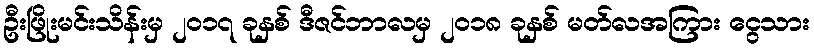
ဦးဖြိုးမင်းသိန်းမှ ၂၀၁၇ ခုနှစ် ဒီဇင်ဘာလမှ ၂၀၁၈ ခုနှစ် မတ်လအကြား ငွေသား